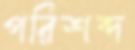
পরিশব্দ